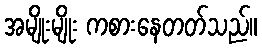
အမျိုးမျိုး ကစားနေတတ်သည်။